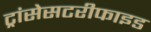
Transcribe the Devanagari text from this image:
ट्रांसेसटरीफाइड